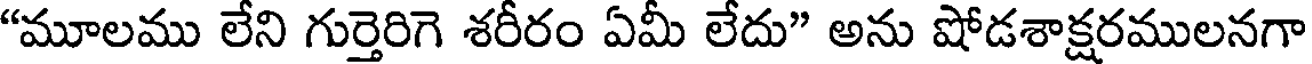
"మూలము లేని గుర్తెరిగె శరీరం ఏమీ లేదు" అను షోడశాక్షరములనగా